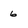
Character: 6